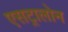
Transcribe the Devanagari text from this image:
एसट्रालोन